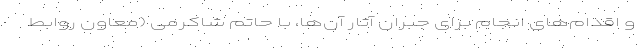
و اقدام‌های انجام برای جبران آثار آن‌ها، با حاتم شاکرمی (معاون روابط